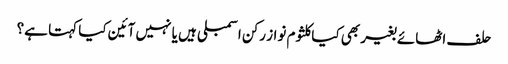
حلف اٹھائے بغیر بھی کیاکلثوم نواز رکن اسمبلی ہیں یا نہیں آئین کیا کہتا ہے؟